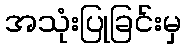
အသုံးပြုခြင်းမှ